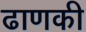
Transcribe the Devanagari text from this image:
ढाणकी